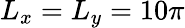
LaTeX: L_{x}=L_{y}=10\pi